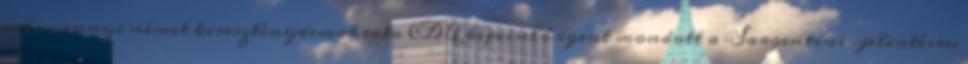
valamennyi német kereszténydemokrata CDU képviselő igent mondott a Sargentini-jelentésre.